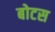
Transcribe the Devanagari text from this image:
बोटस